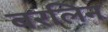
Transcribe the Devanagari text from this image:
बरलिन